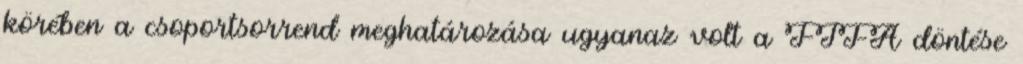
körében a csoportsorrend meghatározása ugyanaz volt a FIFA döntése